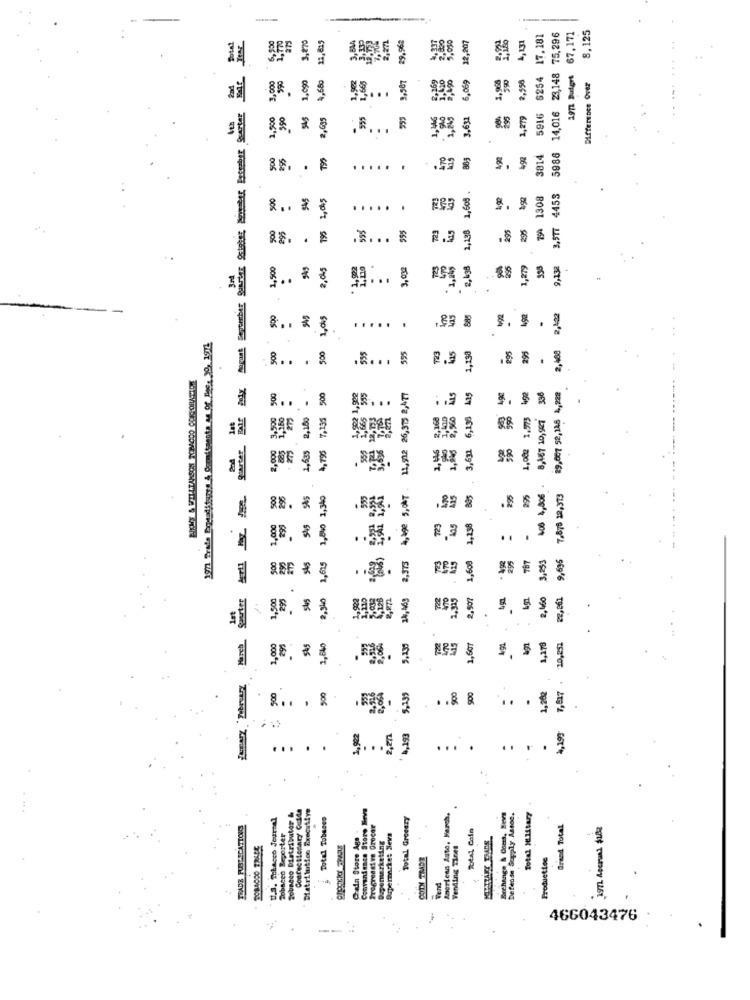
8,125
3,870
3,644
3.339
29.962
17.181
5916 6254 17.181
14,016 23,148 75,296
67,171
5.010
12,207
4,431
1.090
4,660
1.902
1,665
8,507
169
6,069
1,965
2,558
1971 Butart
Difference Over
2,900
2,635
555
3,631
295
1,279
88.
500
295
795
470
492
3814
5986
.....
1,608 .
794 1308
3.577 4453
.
.....
8. S
8 . . * :
295
195
355
723
2,198
295
295
2.31
1,500
549
.
3,030
1,279
9,132
1,015
885
. .
S. . . .
1971 Trade Aguaditure& Comitante or Of Rece 30, 1912
500
595
723
1,198
295
2,468
535
.
... . .
... . . $
Age
29,007 52,118 4,228
.
500
,902 1,922
11,512 26,375 2,477
Mas
4g2
8 . .
8 .. . &
3,500
1,635 2,150
7.135
6,198
1,002 1,973
8,467 10,927
1,15
All My - quarter
2,000
4, 795
3,631
4,490 5,0 7 .
500
295
AS
1,840 1,340
BG5
235
275
NoB 4,806
7.876 22,373
723
405
1,238
500
290
545
2,375
1,608
787
3,953
9,695
1,615
March Saurter
,500
295
545
2,340
2.902
39, 469
2,325
2,907
2,460
22,061
1st
1,000
295
545
2,840
70
1,607
1,178
10,252
500
500
2.596
900
900
1,26
7,817
. . 8 8
.
2 .. . ..
1,922
4,193
4,199
..
.
.... 5
...
....
Diatrilution Executive
Convenience Store Seve
1.3. Tobacco Journal
Sobneco Dlatributor &
Confectionary Guide
Total Tobeces
Total Grocery
Imertens Auto, March.
Birchange & Court, Hevs
Defense Seupply Astoe.
Total Military
TRADE PUBLICATIONS
Cada Store Ago-
Progressive Grocer
Total Coin
Grand Total
Sobscen Reporter
Rigenurketing
Supermarke: Neva
Vending Tires
BOTH TRADE
Production
Tend
466043476